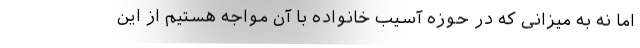
اما نه به میزانی که در حوزه آسیب خانواده با آن مواجه هستیم از این